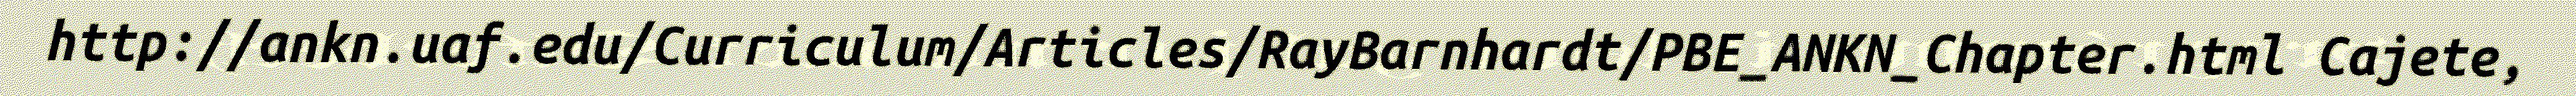
http://ankn.uaf.edu/Curriculum/Articles/RayBarnhardt/PBE_ANKN_Chapter.html Cajete,